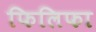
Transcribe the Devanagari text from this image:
फिलिफा